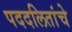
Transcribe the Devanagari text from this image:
पददलितांचे